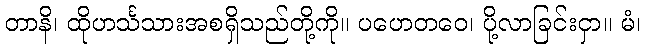
တာနိ၊ ထိုဟင်္သသားအစရှိသည်တို့ကို။ ပဟေတဝေ၊ ပို့လာခြင်းငှာ။ မံ၊